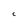
Character: C